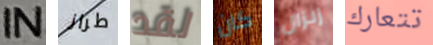
IN طراز لقد كان زلزال تتعارك